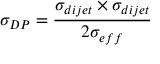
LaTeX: \sigma _ { D P } = { \frac { \sigma _ { d i j e t } \times \sigma _ { d i j e t } } { 2 \sigma _ { e f f } } }